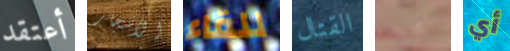
أعتقد الاشجار للقاء القتال مجمدة أي